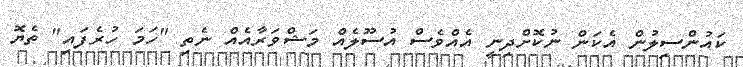
ކައުންސިލުން އެކަން ނުކޮށްދިނީ އެއްވެސް އުސޫލެއް މަޝްވަރާއެއް ނެތި "ހަމަ ހުރެފައި" ތެޔޮ